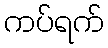
ကပ်ရက်